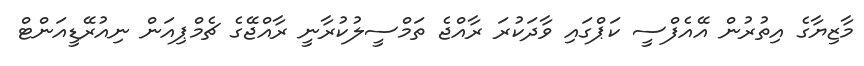
މާޒިޔާގެ އިތުރުން އޭއެފްސީ ކަޕްގައި ވާދަކުރަ ރާއްޖެ ތަމްސީލުކުރާނީ ރާއްޖޭގެ ޗެމްޕިއަން ނިއުރޭޑީއަންޓް